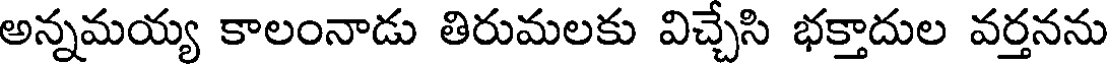
అన్నమయ్య కాలంనాడు తిరుమలకు విచ్చేసి భక్తాదుల వర్తనను